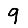
Digit: 9